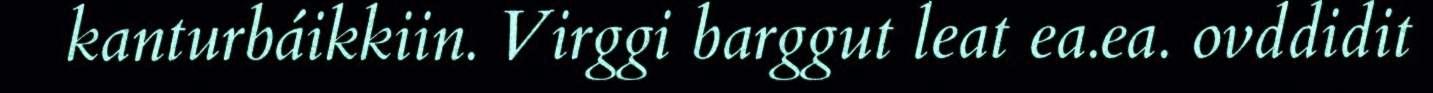
kanturbáikkiin. Virggi barggut leat ea.ea. ovddidit